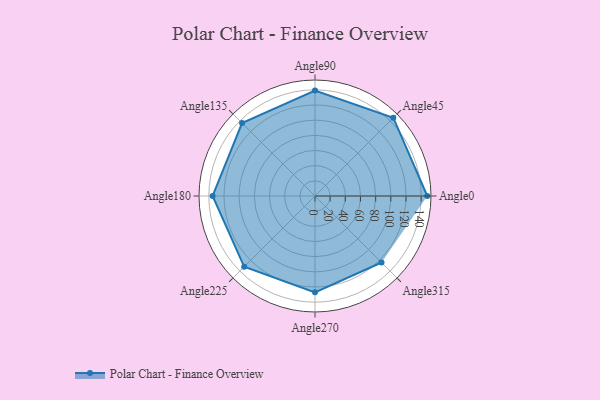
{"axis": {"x": "Angle", "y": "Radius"}, "legend": [""], "data": [{"x": "Angle0", "y": 148.0, "type": ""}, {"x": "Angle45", "y": 146.0, "type": ""}, {"x": "Angle90", "y": 139.0, "type": ""}, {"x": "Angle135", "y": 136.0, "type": ""}, {"x": "Angle180", "y": 135.0, "type": ""}, {"x": "Angle225", "y": 132.0, "type": ""}, {"x": "Angle270", "y": 127.0, "type": ""}, {"x": "Angle315", "y": 124.0, "type": ""}]}